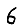
Digit: 6